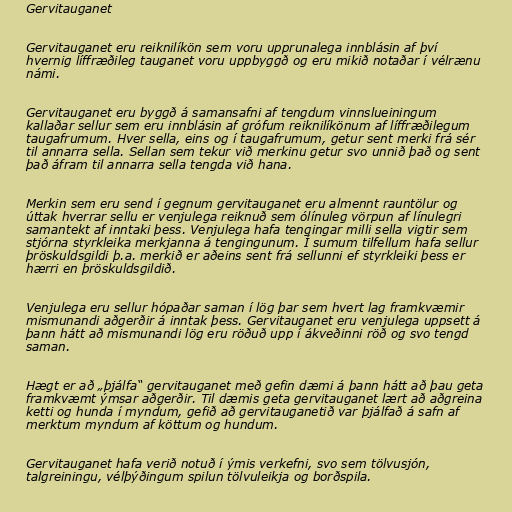
Gervitauganet

Gervitauganet eru reiknilíkön sem voru upprunalega innblásin af því
hvernig líffræðileg tauganet voru uppbyggð og eru mikið notaðar í vélrænu
námi.

Gervitauganet eru byggð á samansafni af tengdum vinnslueiningum
kallaðar sellur sem eru innblásin af grófum reiknilíkönum af líffræðilegum
taugafrumum. Hver sella, eins og í taugafrumum, getur sent merki frá sér
til annarra sella. Sellan sem tekur við merkinu getur svo unnið það og sent
það áfram til annarra sella tengda við hana.

Merkin sem eru send í gegnum gervitauganet eru almennt rauntölur og
úttak hverrar sellu er venjulega reiknuð sem ólínuleg vörpun af línulegri
samantekt af inntaki þess. Venjulega hafa tengingar milli sella vigtir sem
stjórna styrkleika merkjanna á tengingunum. Í sumum tilfellum hafa sellur
þröskuldsgildi þ.a. merkið er aðeins sent frá sellunni ef styrkleiki þess er
hærri en þröskuldsgildið.

Venjulega eru sellur hópaðar saman í lög þar sem hvert lag framkvæmir
mismunandi aðgerðir á inntak þess. Gervitauganet eru venjulega uppsett á
þann hátt að mismunandi lög eru röðuð upp í ákveðinni röð og svo tengd
saman.

Hægt er að „þjálfa“ gervitauganet með gefin dæmi á þann hátt að þau geta
framkvæmt ýmsar aðgerðir. Til dæmis geta gervitauganet lært að aðgreina
ketti og hunda í myndum, gefið að gervitauganetið var þjálfað á safn af
merktum myndum af köttum og hundum.

Gervitauganet hafa verið notuð í ýmis verkefni, svo sem tölvusjón,
talgreiningu, vélþýðingum spilun tölvuleikja og borðspila.